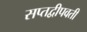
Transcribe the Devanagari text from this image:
सप्तद्वीपवती